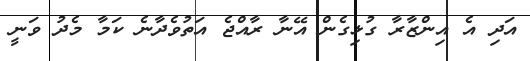
އަދި އެ އިންޒާރާ ގުޅިގެން އޭނާ ރާއްޖެ އަތުވެދާނެ ކަމާ މެދު ވަނީ